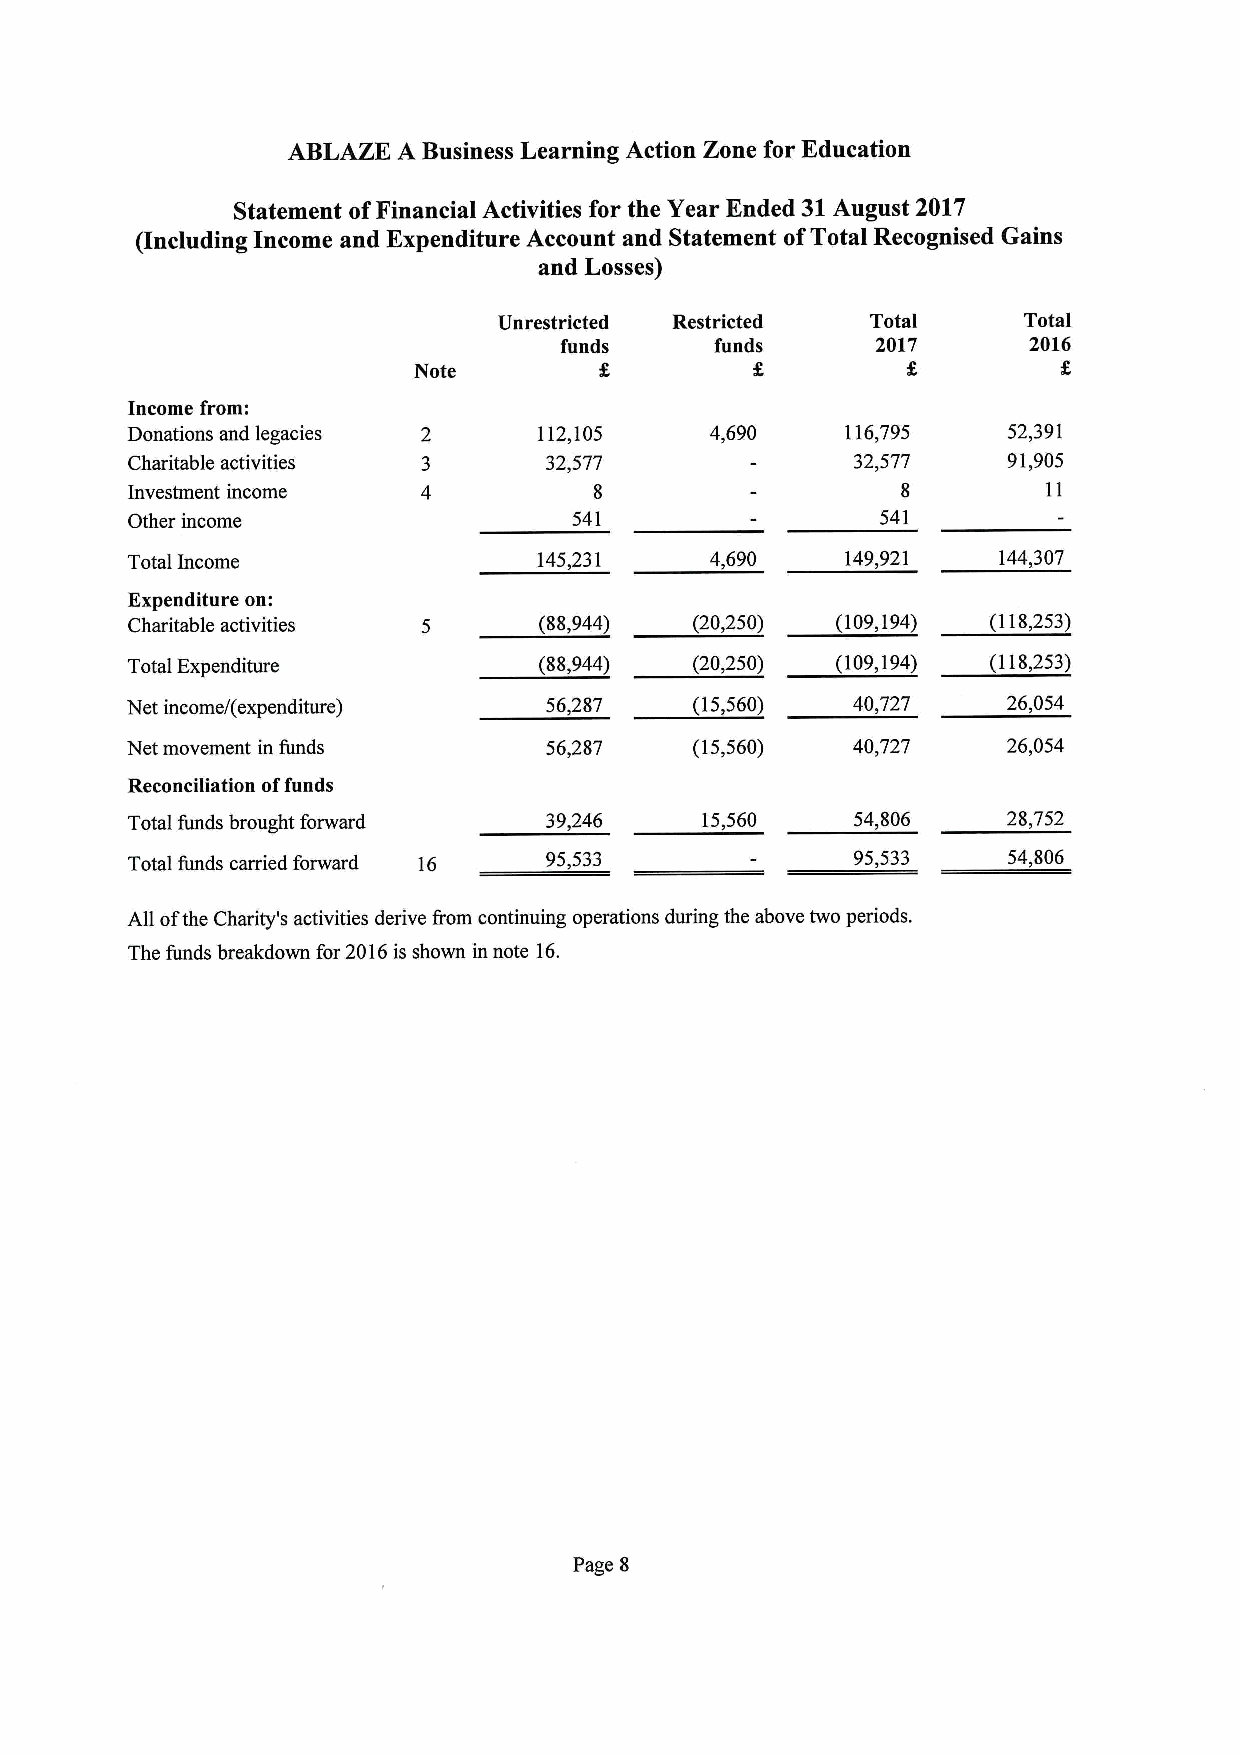
ABLAZE A Business Learning Action Zone for Education
 Statement ofFinancial Activities for the Year Ended 31August 2017
 including Income and Expenditure Account and Statement ofTotal Recognised Gains
 and Losses)
 Unrestricted Restricted  Total     Total
 funds     funds      2017      2016
 Note
 Income from:
 Donations and legacies      112,105    4,690    116,795    52,391
 Charitable activities       32,577              32,577     91,905
 Investment income              8                    8        11
 Other income                  541                 541
 Total Income                145,231    4,690    149,921   144,307
 Expenditure on:
 Charitable activities       (88,944)  (20,250) (109,194) (118,253)
 Total Expenditure           (88,944)  (20,250) (109,194) (118,253)
 Net income/(expenditure)    56,287    (15,560)  40,727     26,054
 Net movement in funds       56,287    (15,560)  40,727     26,054
 Reconciliation offunds
 Total funds brought forward 39,246    15,560     54,806    28,752
 Total funds carried forward 16 95,533           95,533     54,806
 All ofthe Charity's activities derive f'rom continuing operations during the above two periods.
 The funds breakdown for 2016is shown in note 16.
 Page 8